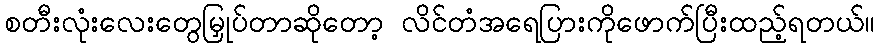
စတီးလုံးလေးတွေမြှုပ်တာဆိုတော့ လိင်တံအရေပြားကိုဖောက်ပြီးထည့်ရတယ်။